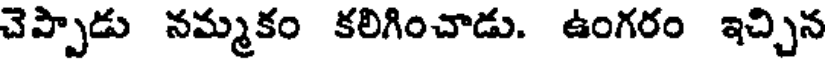
చెప్పాడు నమ్మకం కలిగించాడు. ఉంగరం ఇచ్చిన